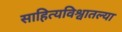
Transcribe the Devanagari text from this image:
साहित्यविश्वातल्या